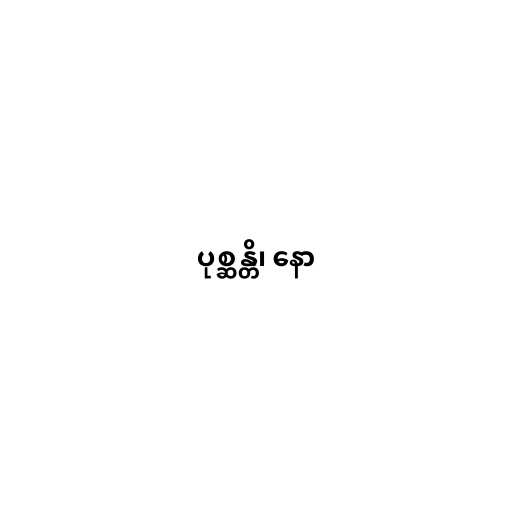
ပုစ္ဆန္တိ၊ နော